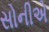
સોનીએ